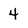
Character: 4